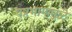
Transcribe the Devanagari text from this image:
पृष्ठभागामुळे